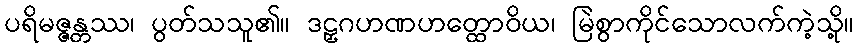
ပရိမဇ္ဇန္တဿ၊ ပွတ်သသူ၏။ ဒဠှဂဟဏဟတ္ထောဝိယ၊ မြဲစွာကိုင်သောလက်ကဲ့သို့။